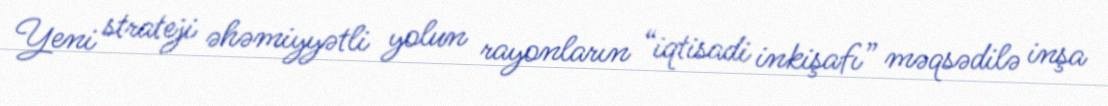
Yeni strateji əhəmiyyətli yolun rayonların “iqtisadi inkişafı” məqsədilə inşa